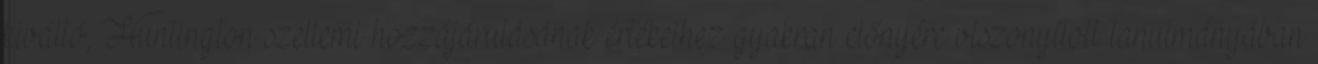
kiváltó, Huntington szellemi hozzájárulásának értékeihez gyakran előnyére viszonyított tanulmányában